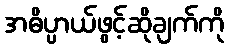
အဓိပ္ပာယ်ဖွင့်ဆိုချက်ကို